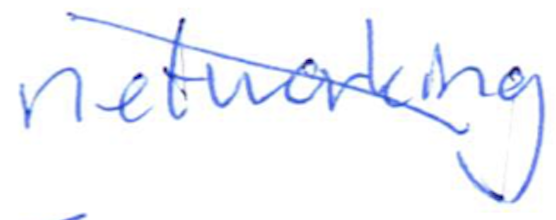
Text: networking
Cross-out: mix
Writing tool: ballpoint